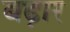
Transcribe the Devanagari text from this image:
बढ़ार